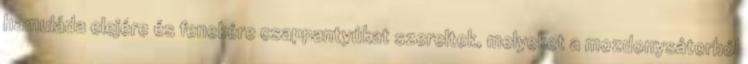
hamuláda elejére és fenekére csappantyúkat szereltek, melyeket a mozdonysátorból